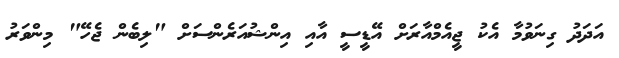
އަދަދު ގިނަވުމާ އެކު ޖީއެމްއާރަށް އޭޑީސީ އާއި އިންޝުއަރެންސަށް "ލިބެން ޖެހޭ" މިންވަރު